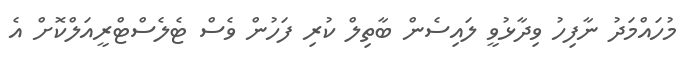
މުހައްމަދު ނާފިހު ވިދާޅުވީ ލައިސެން ބާތިލް ކުރި ފަހުން ވެސް ޓެލެސްޓްރީއަލްކޮށް އެ